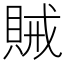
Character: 𮚆